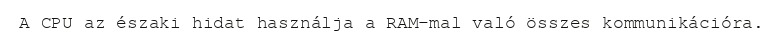
A CPU az északi hidat használja a RAM–mal való összes kommunikációra.